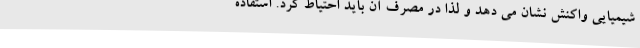
شیمیایی واکنش نشان می دهد و لذا در مصرف آن باید احتیاط کرد. استفاده